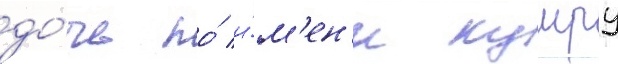
до́чь по́ и́м'ен'и кумру